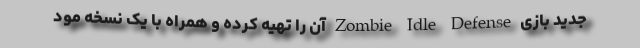
جدید بازی Zombie Idle Defense آن را تهیه کرده و همراه با یک نسخه مود